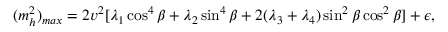
( m _ { h } ^ { 2 } ) _ { m a x } = 2 v ^ { 2 } [ \lambda _ { 1 } \cos ^ { 4 } \beta + \lambda _ { 2 } \sin ^ { 4 } \beta + 2 ( \lambda _ { 3 } + \lambda _ { 4 } ) \sin ^ { 2 } \beta \cos ^ { 2 } \beta ] + \epsilon ,